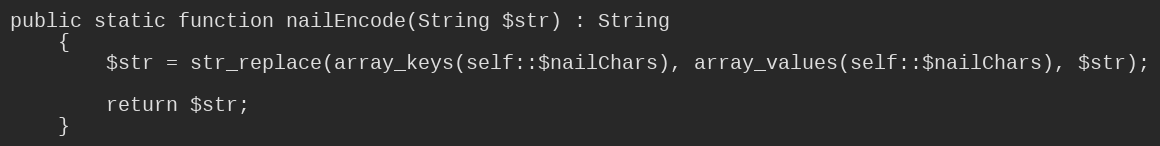
Language: PHP
public static function nailEncode(String $str) : String
    {
        $str = str_replace(array_keys(self::$nailChars), array_values(self::$nailChars), $str);

        return $str;
    }